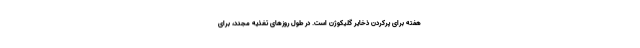
هفته برای پرکردن ذخایر گلیکوژن است. در طول روزهای تغذیه مجدد، برای